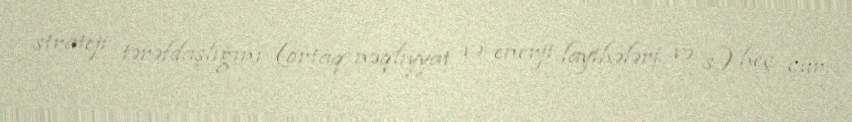
strateji tərəfdaşlığını (ortaq nəqliyyat və enerji layihələri və s.) heç cür